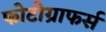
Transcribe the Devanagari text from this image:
फोटोग्राफर्स